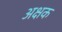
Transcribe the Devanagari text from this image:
अक्षक